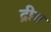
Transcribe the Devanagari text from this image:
द्रीग